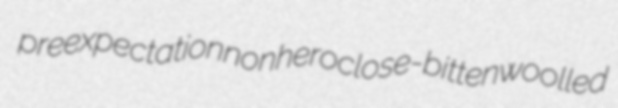
preexpectation nonhero close-bitten woolled